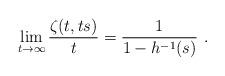
LaTeX: \begin{align*}\lim_{t\to\infty} \frac{\zeta(t,ts)}{t} = \frac{1}{1 - h^{-1}(s)}\ . \end{align*}